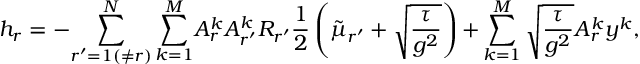
\centering h _ { r } = - { \sum _ { r ^ { \prime } = 1 ( \neq r ) } ^ { N } \sum _ { k = 1 } ^ { M } } A _ { r } ^ { k } A _ { r ^ { \prime } } ^ { k } R _ { r ^ { \prime } } \frac { 1 } { 2 } \left( \tilde { \mu } _ { r ^ { \prime } } + \sqrt { \frac { \tau } { g ^ { 2 } } } \right) { + } \sum _ { k = 1 } ^ { M } \sqrt { \frac { \tau } { g ^ { 2 } } } { A _ { r } ^ { k } y ^ { k } } ,